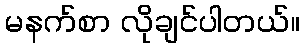
မနက်စာ လိုချင်ပါတယ်။